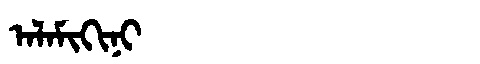
Manchu: ᠠᠯᠠᠮᡳᡴᡳᠨᡳ
Romanization: ALAMIKINI